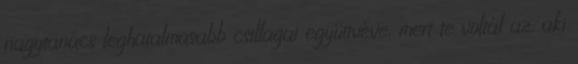
nagytanács leghatalmasabb csillagai együttvéve, mert te voltál az, aki